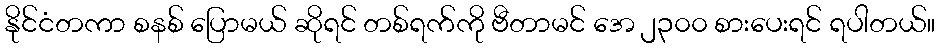
နိုင်ငံတကာ စနစ် ပြောမယ် ဆိုရင် တစ်ရက်ကို ဗီတာမင် အေ ၂၃၀၀ စားပေးရင် ရပါတယ်။